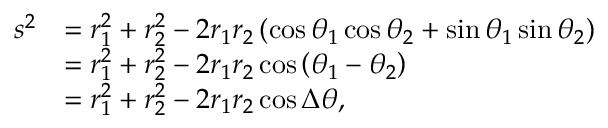
{ \begin{array} { r l } { s ^ { 2 } } & { = r _ { 1 } ^ { 2 } + r _ { 2 } ^ { 2 } - 2 r _ { 1 } r _ { 2 } \left( \cos \theta _ { 1 } \cos \theta _ { 2 } + \sin \theta _ { 1 } \sin \theta _ { 2 } \right) } \\ & { = r _ { 1 } ^ { 2 } + r _ { 2 } ^ { 2 } - 2 r _ { 1 } r _ { 2 } \cos \left( \theta _ { 1 } - \theta _ { 2 } \right) } \\ & { = r _ { 1 } ^ { 2 } + r _ { 2 } ^ { 2 } - 2 r _ { 1 } r _ { 2 } \cos \Delta \theta , } \end{array} }